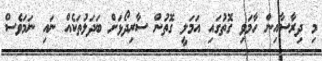
މި ދިރާސާއިން ހާމަވި ގޮތުގައި އަމަލީ ގޮތުން ސާރިދޯޅަށް ބަދަލުތަކެއް ނަައި ނަމަވެސް